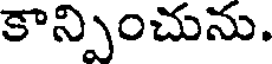
కాన్పించును.